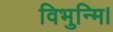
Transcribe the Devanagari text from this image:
विभुन्मि।